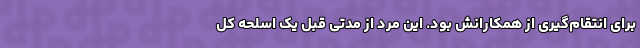
برای انتقام‌گیری از همکارانش بود. این مرد از مدتی قبل یک اسلحه کل